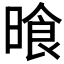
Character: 𣈮